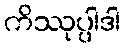
ကိဿုပ္ပါဒါ